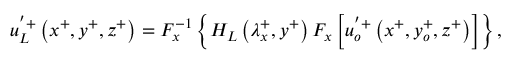
u _ { L } ^ { ' + } \left( x ^ { + } , y ^ { + } , z ^ { + } \right) = F _ { x } ^ { - 1 } \left\{ H _ { L } \left( \lambda _ { x } ^ { + } , y ^ { + } \right) F _ { x } \left[ u _ { o } ^ { ' + } \left( x ^ { + } , y _ { o } ^ { + } , z ^ { + } \right) \right] \right\} ,